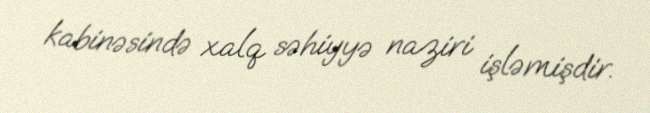
kabinəsində xalq səhiyyə naziri işləmişdir.